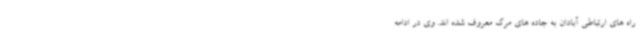
راه های ارتباطی آبادان به جاده های مرگ معروف شده اند. وی در ادامه